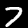
Digit: 7